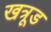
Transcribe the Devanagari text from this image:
खत्रूड